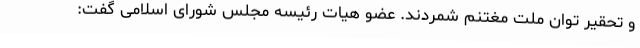
و تحقیر توان ملت مغتنم شمردند. عضو هیات رئیسه مجلس شورای اسلامی گفت: